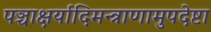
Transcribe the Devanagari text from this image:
पञ्चाक्षर्यादिमन्त्राणामुपदेष्टा